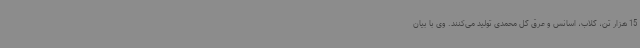
15 هزار تن، گلاب، اسانس و عرق گل محمدی تولید می‌کنند. وی با بیان